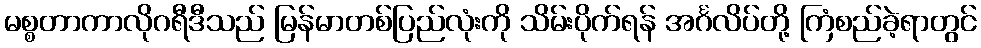
မစ္စတာကာလိုဂရီဒီသည် မြန်မာတစ်ပြည်လုံးကို သိမ်းပိုက်ရန် အင်္ဂလိပ်တို့ ကြံစည်ခဲ့ရာတွင်